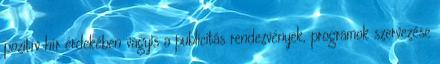
pozitív hír érdekében vagyis a publicitás rendezvények, programok szervezése